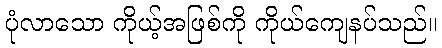
ပုံလာသော ကိုယ့်အဖြစ်ကို ကိုယ်ကျေနပ်သည်။